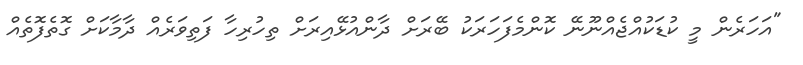
"އަހަރެން މީ ކުޑަކުއްޖެއްނޫނޭ ކޮންމެފަހަރަކު ބޭރަށް ދާންއުޅޭއިރަށް ތިހުރިހާ ފަތިވަރެއް ދާމާކަށް ގޮތެފޮތެއް